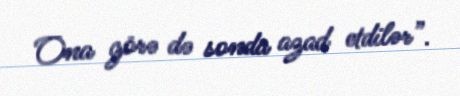
Ona görə də sonda azad etdilər”.